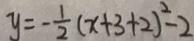
y = - \frac { 1 } { 2 } ( x + 3 + 2 ) ^ { 2 } - 2